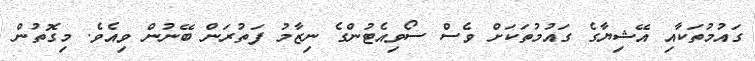
ގައުމުތަކާއި އޭޝިޔާގެ ގައުމުތަކަށް ވެސް ސޯވިއެޓުންގެ ނިޒާމު ފަތުރަން ބޭނުން ވިއެވެ. މިގޮތުން